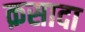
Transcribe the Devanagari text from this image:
क़सादा